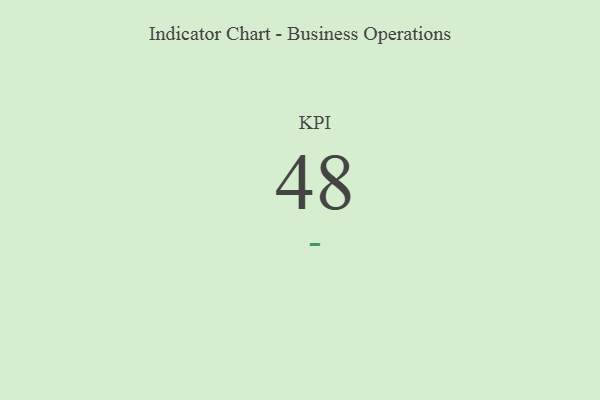
{"axis": {"x": "KPI", "y": "Value"}, "legend": [""], "data": [{"x": "KPI", "y": 48, "type": ""}]}